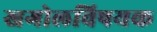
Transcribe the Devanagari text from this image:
खगोलविषयक